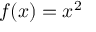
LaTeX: f ( x ) = x ^ { 2 }